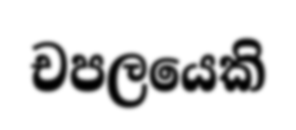
චපලයෙකි